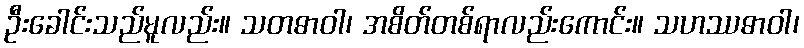
ဦးခေါင်းသည်မူလည်း။ သတဓာဝါ၊ အစိတ်တစ်ရာလည်းကောင်း။ သဟဿဓာဝါ၊